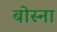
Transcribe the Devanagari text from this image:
बोस्ना